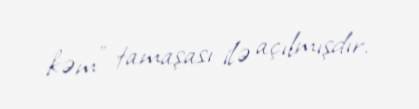
kəm" tamaşası ilə açılmışdır.